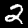
Digit: 2